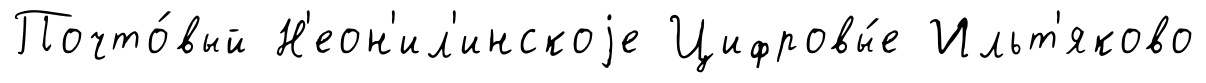
Почто́вый Н'еон'ил'инскоjе Цифровы́е Ильт'яково